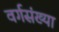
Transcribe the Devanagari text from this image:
वर्गसंख्या